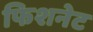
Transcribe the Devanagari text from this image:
फिशनेट